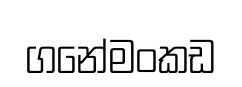
ගනේමංකඩ